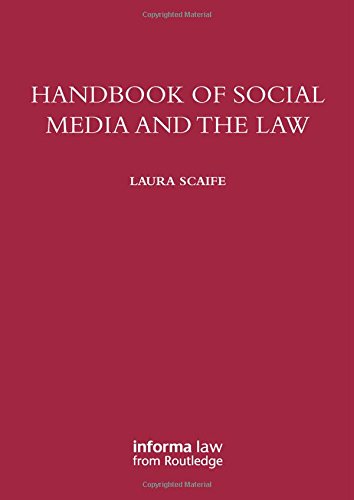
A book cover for Handbook of Social Media and the Law; Laura Scaife; Law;